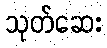
သုတ်ဆေး